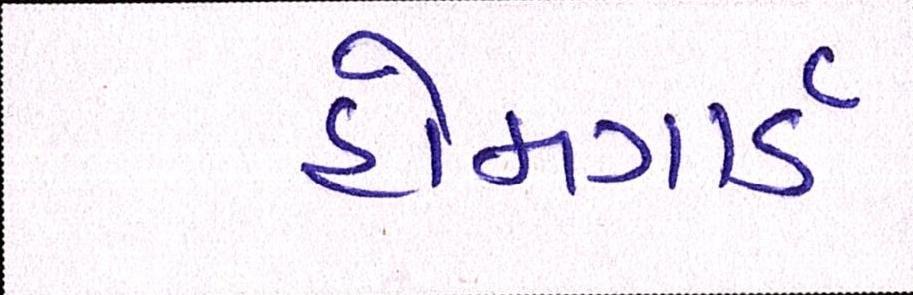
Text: હોમગાર્ડ